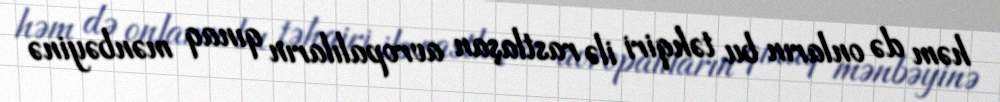
həm də onların bu təhqiri ilə rastlaşan avropalıların qınaq mənbəyinə